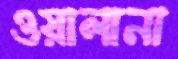
ওয়ালানা